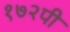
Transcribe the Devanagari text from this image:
१७२पी